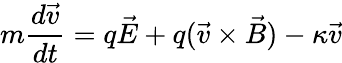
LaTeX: m\frac{d\vec{v}}{dt}=q\vec{E}+q(\vec{v}\times\vec{B})-\kappa\vec{v}